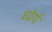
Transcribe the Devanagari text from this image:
ध्येर्य